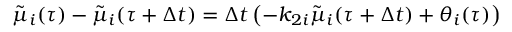
\tilde { \mu } _ { i } ( \tau ) - \tilde { \mu } _ { i } ( \tau + \Delta t ) = \Delta t \left( - k _ { 2 i } \tilde { \mu } _ { i } ( \tau + \Delta t ) + \theta _ { i } ( \tau ) \right)